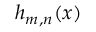
h _ { m , n } ( x )